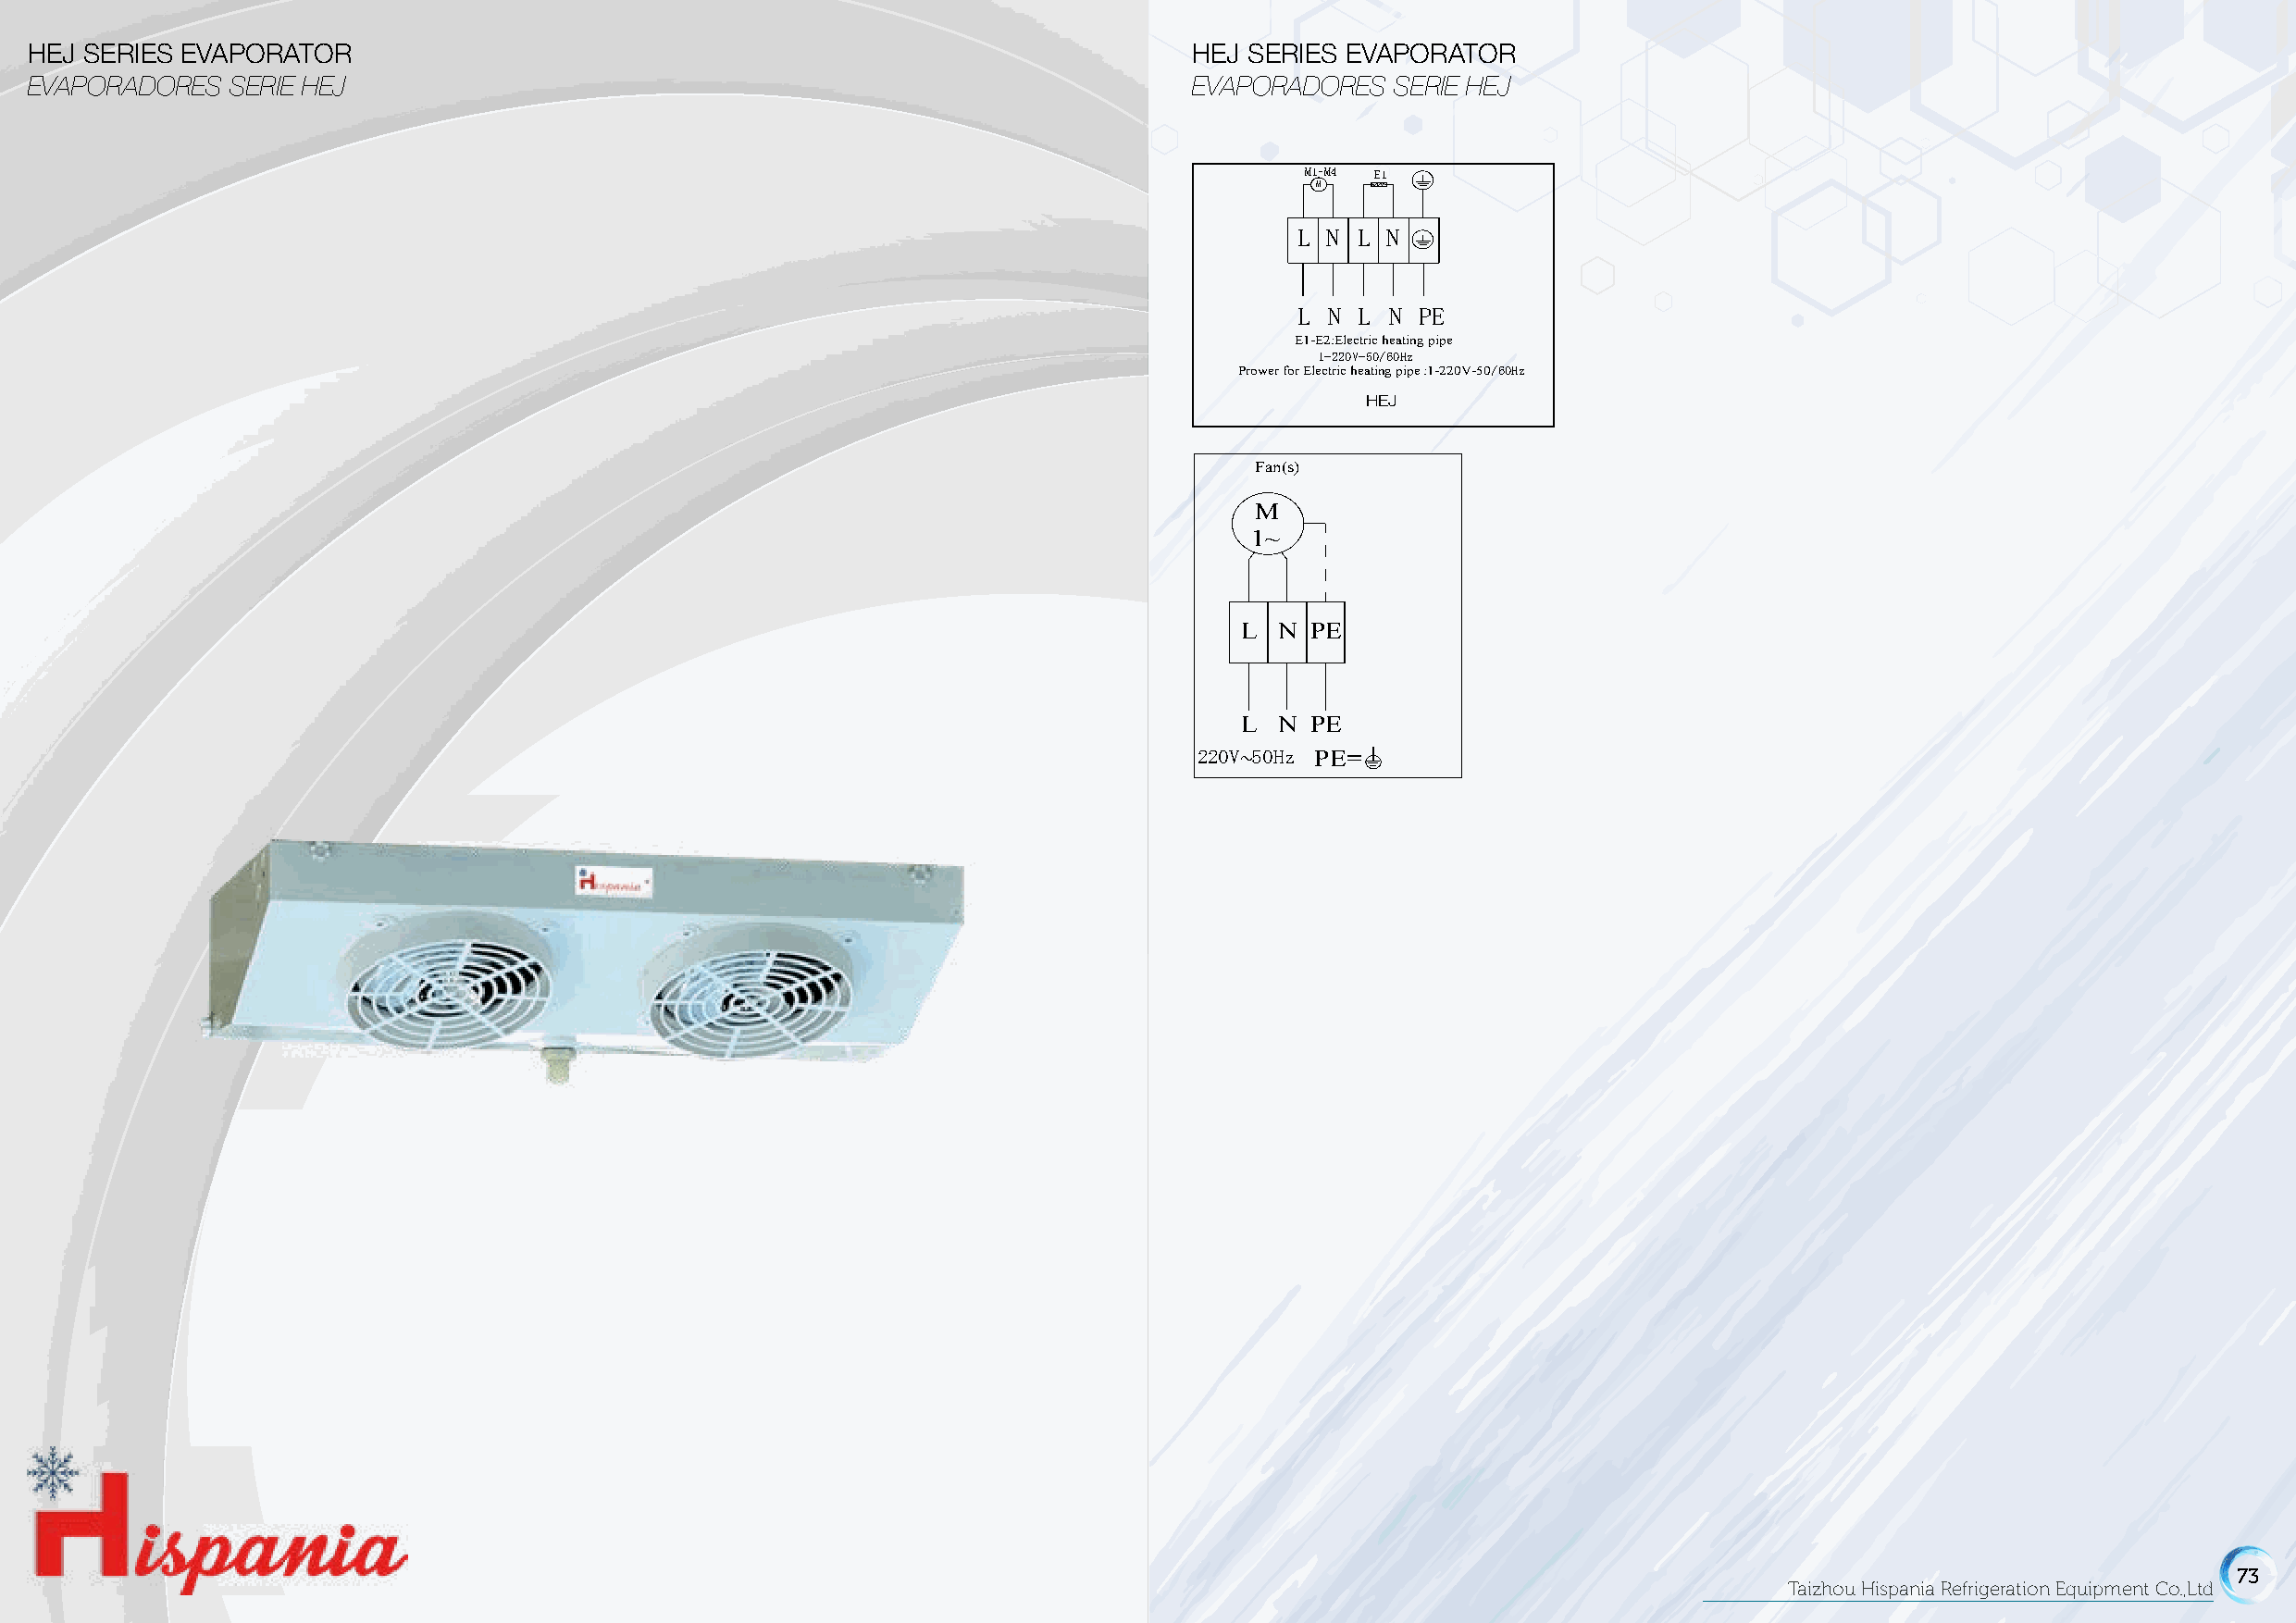
HEJ    SERIES      EVAPORATOR
 HEJ    SERIES     EVAPORATOR
 EVAPORADORES        SERIE  HEJ
 HEJ SERIES EVAPORATOR                                                              HEJE SVEARPIEOSR EAVADPOORRAETSO RSERIE HEJ
 EVAPORADORES  SERIE HEJ                                                            EVAPORADORES   SERIE HEJ
 Defrost heating circuit diagram:/ Diagrama del circuito de calentamiento de descongelamiento:
 DefrosM1t- hM4eatingE 1circuit diagram:/ Diagrama del circuito de calentamiento de descongelamiento:
 M
 M1-M4 E1
 M
 L N  L N
 L N L N
 L N  L N PE
 E1-E2:LElectNric heLatingN pipePE
 1-220V-50/60Hz
 Prower for ElectEri1c- Ehe2a:Etinlegc tpriipc eh :e1a-t2in2g0 Vpi-p5e0/60Hz
 1-220V-50/60Hz
 Prower for ElectHricE hJeating pipe :1-220V-50/60Hz
 HEJ
 Fan motor circuit diagram:/ Diagrama del circuito del motor del ventilador:
 FanF mano(tso)r circuit diagram:/ Diagrama del circuito del motor del ventilador:
 Fan(s)
 M
 1~ M
 1~
 L N  PE
 L  N PE
 L N  PE
 220V 50HLz N PEP =E
 ~
 220V 50Hz PE=
 ~
 79
 79
 72                                                                                                                                                           73
 Taizhou Hispania Refrigeration Equipment Co.,Ltd                                                                          Taizhou Hispania Refrigeration Equipment Co.,Ltd